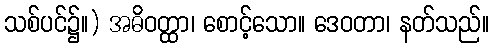
သစ်ပင်၌။) အဓိဝတ္ထာ၊ စောင့်သော။ ဒေဝတာ၊ နတ်သည်။